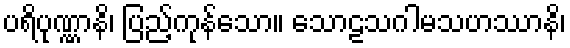
ပရိပုဏ္ဏာနိ၊ ပြည့်ကုန်သော။ သောဠသဂါမသဟဿာနိ၊